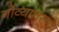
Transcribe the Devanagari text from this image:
गोव्यातसुद्धा